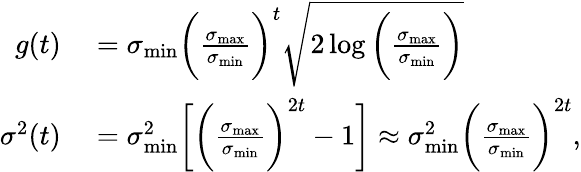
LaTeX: \begin{array}{rl}{g(t)}&{{}=\sigma_{\mathrm{min}}\bigg(\frac{\sigma_{\mathrm{max}}}{\sigma_{\mathrm{min}}}\bigg)^{t}\sqrt{2\log{\bigg(\frac{\sigma_{\mathrm{max}}}{\sigma_{\mathrm{min}}}\bigg)}}}\\ {\sigma^{2}(t)}&{{}=\sigma_{\mathrm{min}}^{2}\bigg[\bigg(\frac{\sigma_{\mathrm{max}}}{\sigma_{\mathrm{min}}}\bigg)^{2t}-1\bigg]\approx\sigma_{\mathrm{min}}^{2}\bigg(\frac{\sigma_{\mathrm{max}}}{\sigma_{\mathrm{min}}}\bigg)^{2t},}\end{array}